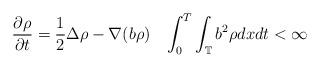
LaTeX: \begin{align*}\frac{\partial\rho}{\partial t}=\frac{1}{2}\Delta\rho-\nabla(b\rho)\,\,\,\,\,\int_{0}^{T}\int_{\mathbb{T}}b^{2}\rho dxdt<\infty\end{align*}